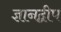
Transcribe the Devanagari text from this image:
ज्ञानद्वीप